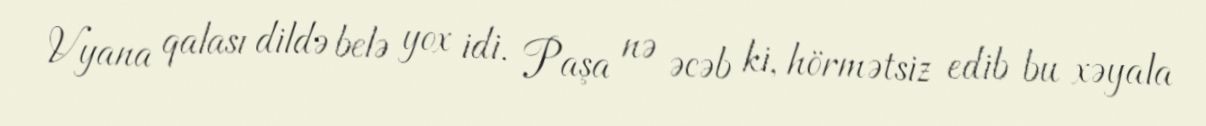
Vyana qalası dildə belə yox idi. Paşa nə əcəb ki, hörmətsiz edib bu xəyala